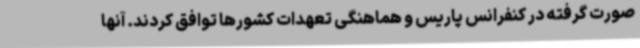
صورت گرفته در کنفرانس پاریس و هماهنگی تعهدات کشورها توافق کردند. آنها